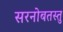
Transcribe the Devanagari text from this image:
सरनोबतस्तु